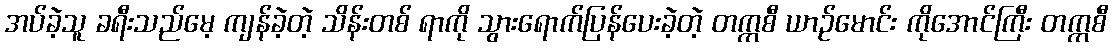
အပ်ခဲ့သူ ခရီးသည်မေ့ ကျန်ခဲ့တဲ့ သိန်းတစ် ရာကို သွားရောက်ပြန်ပေးခဲ့တဲ့ တက္ကစီ ယာဉ်မောင်း ကိုအောင်ကြီး တက္ကစီ